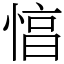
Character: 㥫